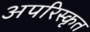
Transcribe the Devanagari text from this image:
अपरिस्कृत